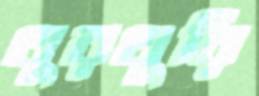
থুরথুরি